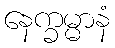
နေက္ခမ္မာနံ